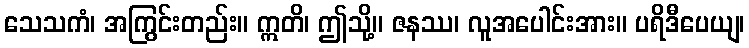
သေသကံ၊ အကြွင်းတည်း။ ဣတိ၊ ဤသို့။ ဇနဿ၊ လူအပေါင်းအား။ ပရိဒီပေယျ၊